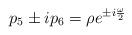
LaTeX: \begin{align*}p_5 \pm i p_6 = \rho e^{\pm i \frac{\omega}{2}}\end{align*}